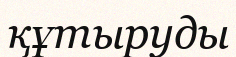
құтыруды